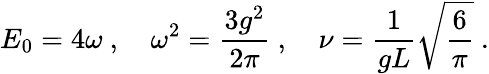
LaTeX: E_{0}=4\omega\ ,\quad\omega^{2}=\frac{3g^{2}}{2\pi}\ ,\quad\nu=\frac{1}{gL}\sqrt{\frac{6}{\pi}}\ .